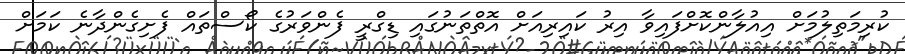
ކުރިމަތިލުމަށް އިއުލާންކޮށްފައިވާ އިރު ކައިރިއަށް އޮތްތަނުގައި ޑިގްރީ ފެންވަރުގެ ކޯސްތައް ފެށިގެންދާނެ ކަމަށް